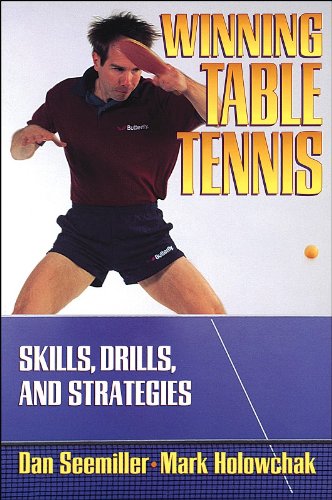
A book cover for Winning Table Tennis: Skills, Drills, and Strategies; Daniel Seemiller; Sports & Outdoors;